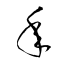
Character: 年